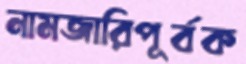
নামজারিপূর্বক